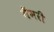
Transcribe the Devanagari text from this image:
मैंमरी